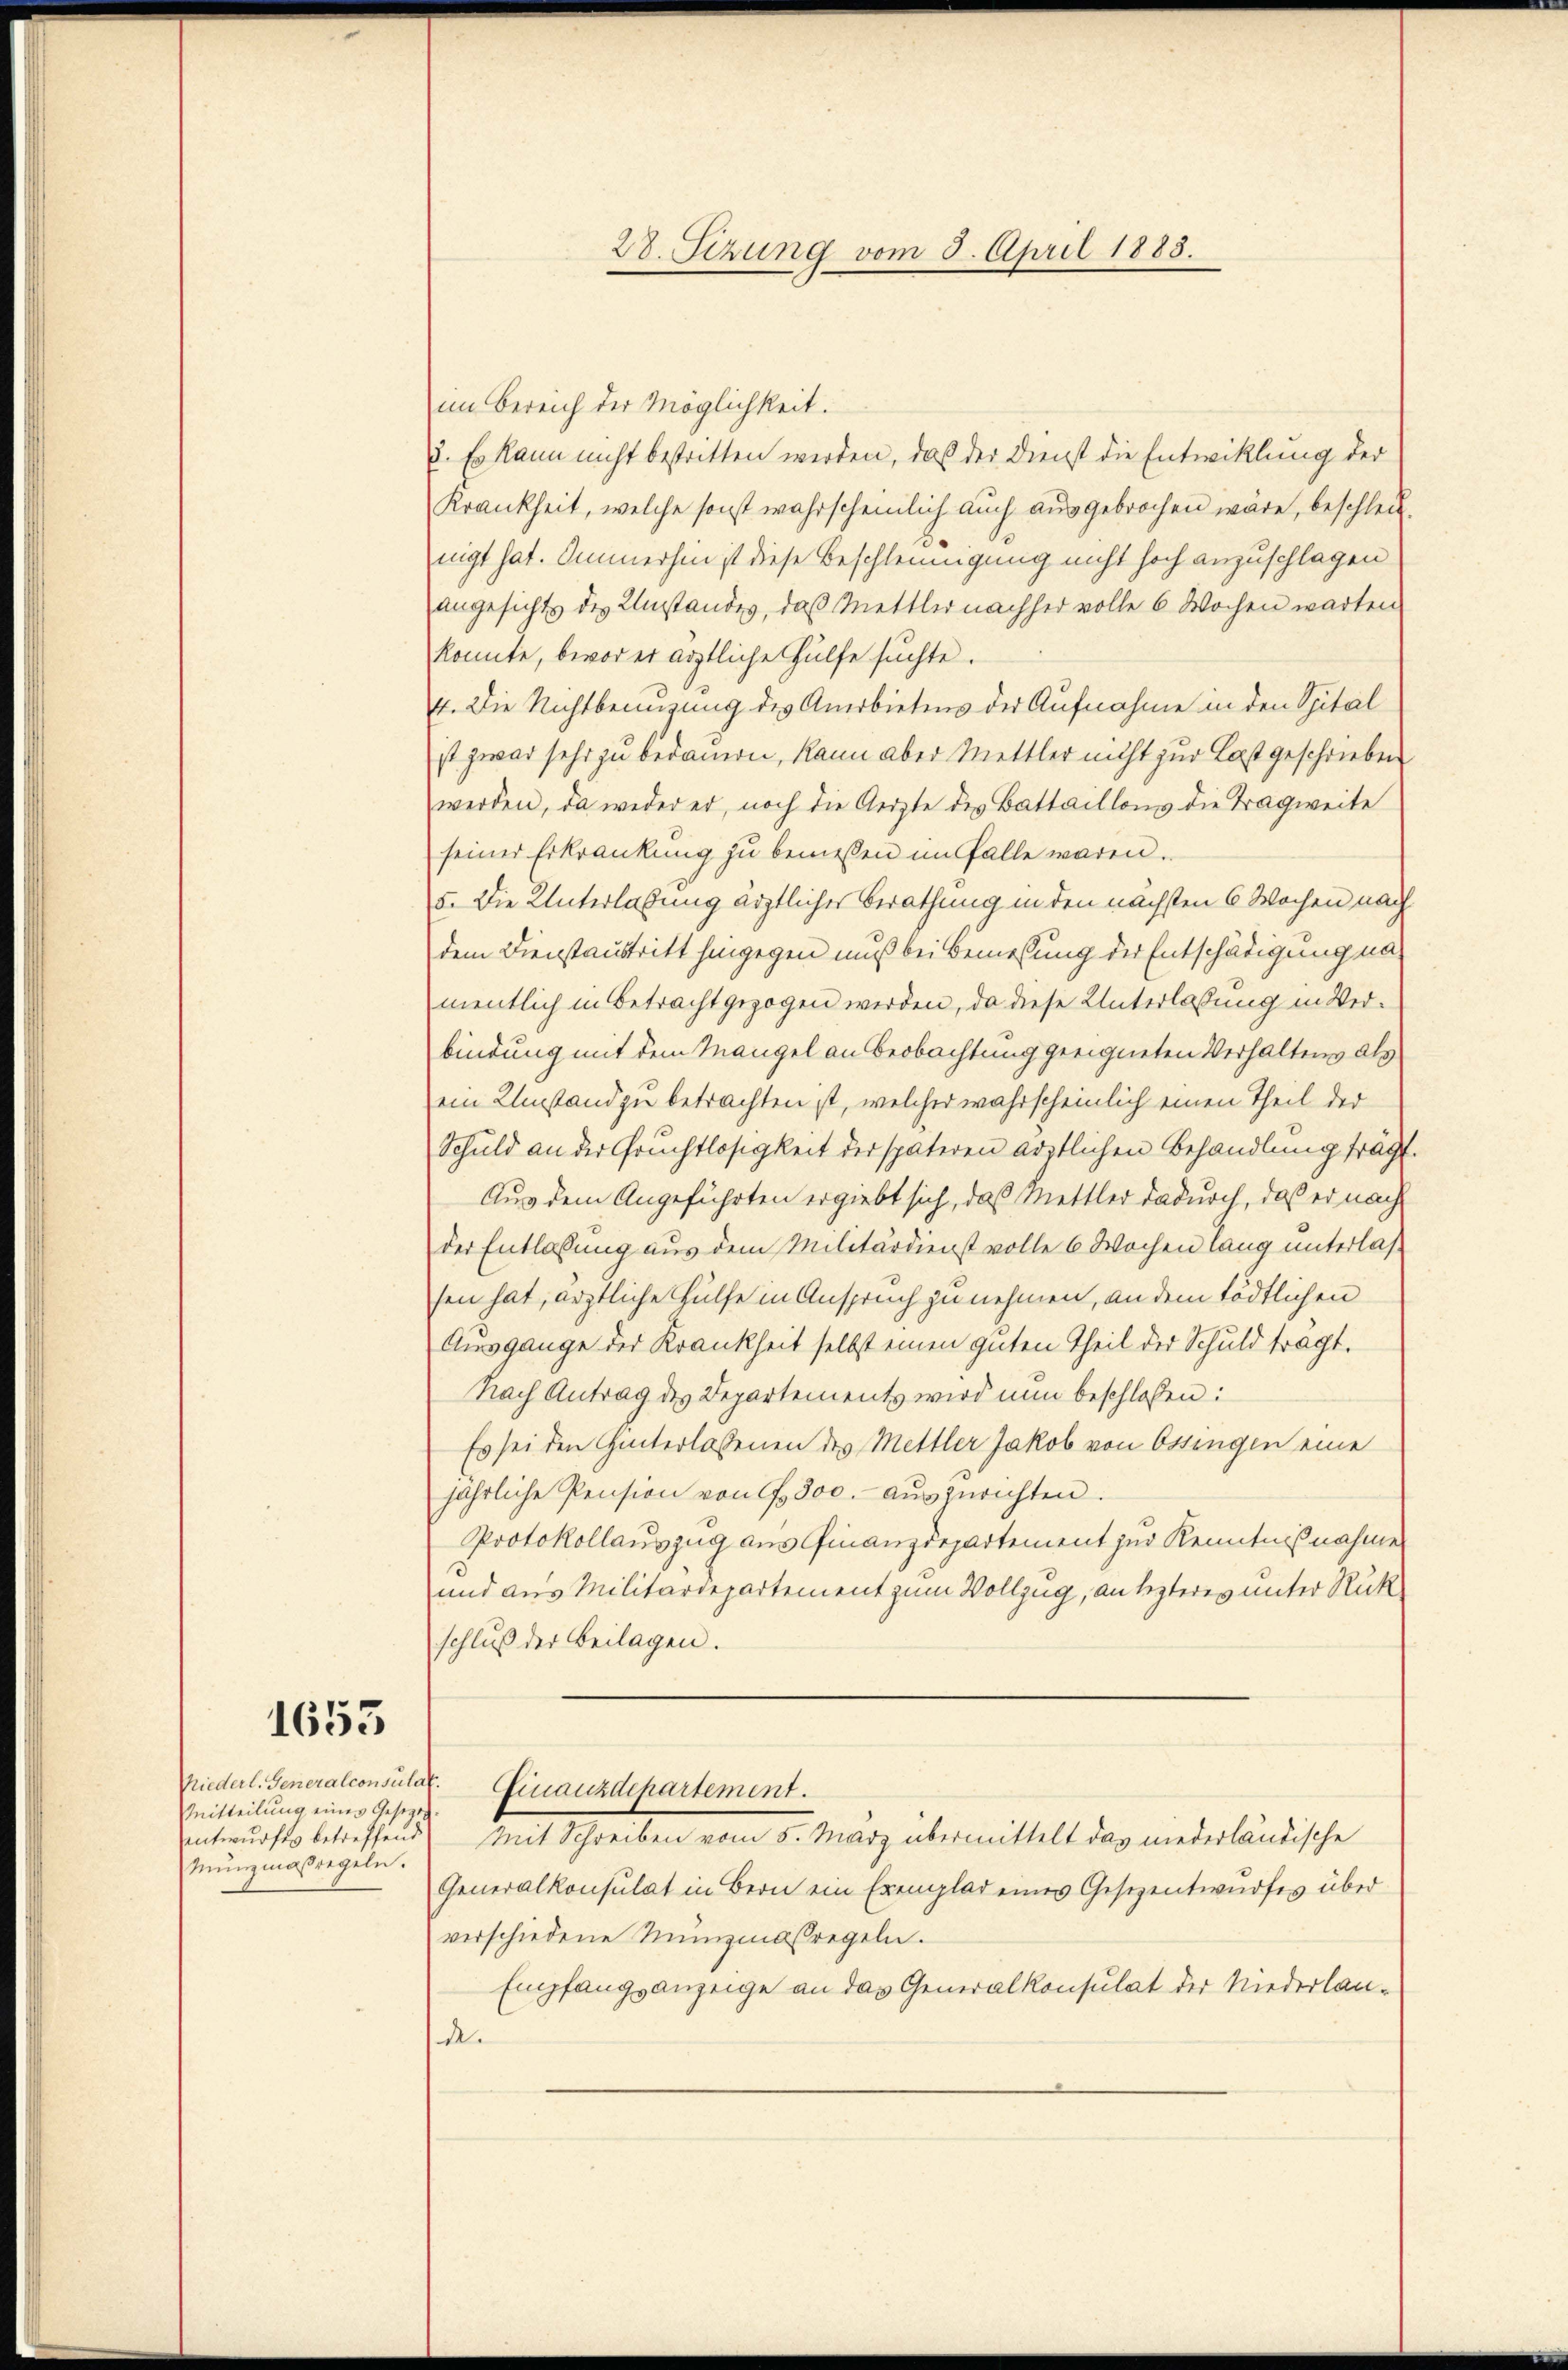
1653

Mitteilung eines Gesetzt
entwurfes betreffend
Munzmaßregeln.

28. Serung vom 3. April 1888.

im Bereich der Möglichkeit.
3. Es kann nicht bestritten werden, daß der Dienst die Entwicklung der
Krankheit, welche sonst wahrscheinlich auch ausgebrochen wäre, beschlei
nigt hat. Immerhin ist diese Beschleunigung nicht hoch anzuschlagen
angesichts des Umstandes, daß Mettler nachher volle 6 Wochen warten
konnte, bevor er ärztliche Hülfe suchte.
4. Die Nichtbenuzung des Anerbietens der Aufnahme in den Spital
st zwar sehr zu bedauern, kann aber Mettler nicht zur Last geschrieben
werden, da weder er, noch die Aerzte des Battaillons die Tragweite
seiner Erkrankung zu bemessen im Falle waren.
5. Die Unterlassung ärztliches Berathung in den nächsten 6 Wochen nach
dem Dienstaustritt hingegen muß bei Bemessung der Entschädigung na
mentlich in Betracht gezogen werden, da diese Unterlassung in Verbindung mit dem Mangel an Beobachtung geeigneten Verhaltens als
ein Umstand zu betrachten ist, welcher wahrscheinlich einen Theil der
Schuld an der Fruchtlosigkeit der späteren ärztlichen Behandlung fragt
Aus dem Angeführten ergiebt sich, daß Mettler dadurch, daß er nach
der Entlassung aus dem Militärdienst volle 6 Wochen lang unterlas
sen hat, ärztliche Hülfe in Anspruch zu nehmen, an dem tödtlichen
Ausgange der Krankheit selbst einen guten Theil der Schuld tragt.
Nach Antrag des Departements wird nun beschloßen:
Es sei den Hinterlassenen des Mettler Jakob von Ossingen eine
jährliche Pension von 300. aŭszurichten.
Protokollauszug aus Finanzdepartement zur Kenntnißnahme
und aus Militärdepartement zum Vollzug, an lezteres unter Rück
schluß der Beilagen.
Niederl. Generalconsulat. Finanzdepartement.
Mit Schreiben vom 5. März übermittelt das niederländische
Generalkonsulat in Bern ein Exemplar eines Gesezentwurfes über
verschiedene Munzinsregeln.
Empfangsanzeige an das Generalkonsulat der Niederlande